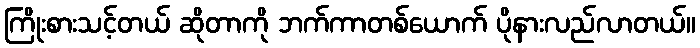
ကြိုးစားသင့်တယ် ဆိုတာကို ဘက်ကာတစ်ယောက် ပိုနားလည်လာတယ်။